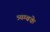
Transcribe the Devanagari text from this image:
त्र्यम्बके